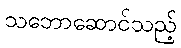
သဘောဆောင်သည့်